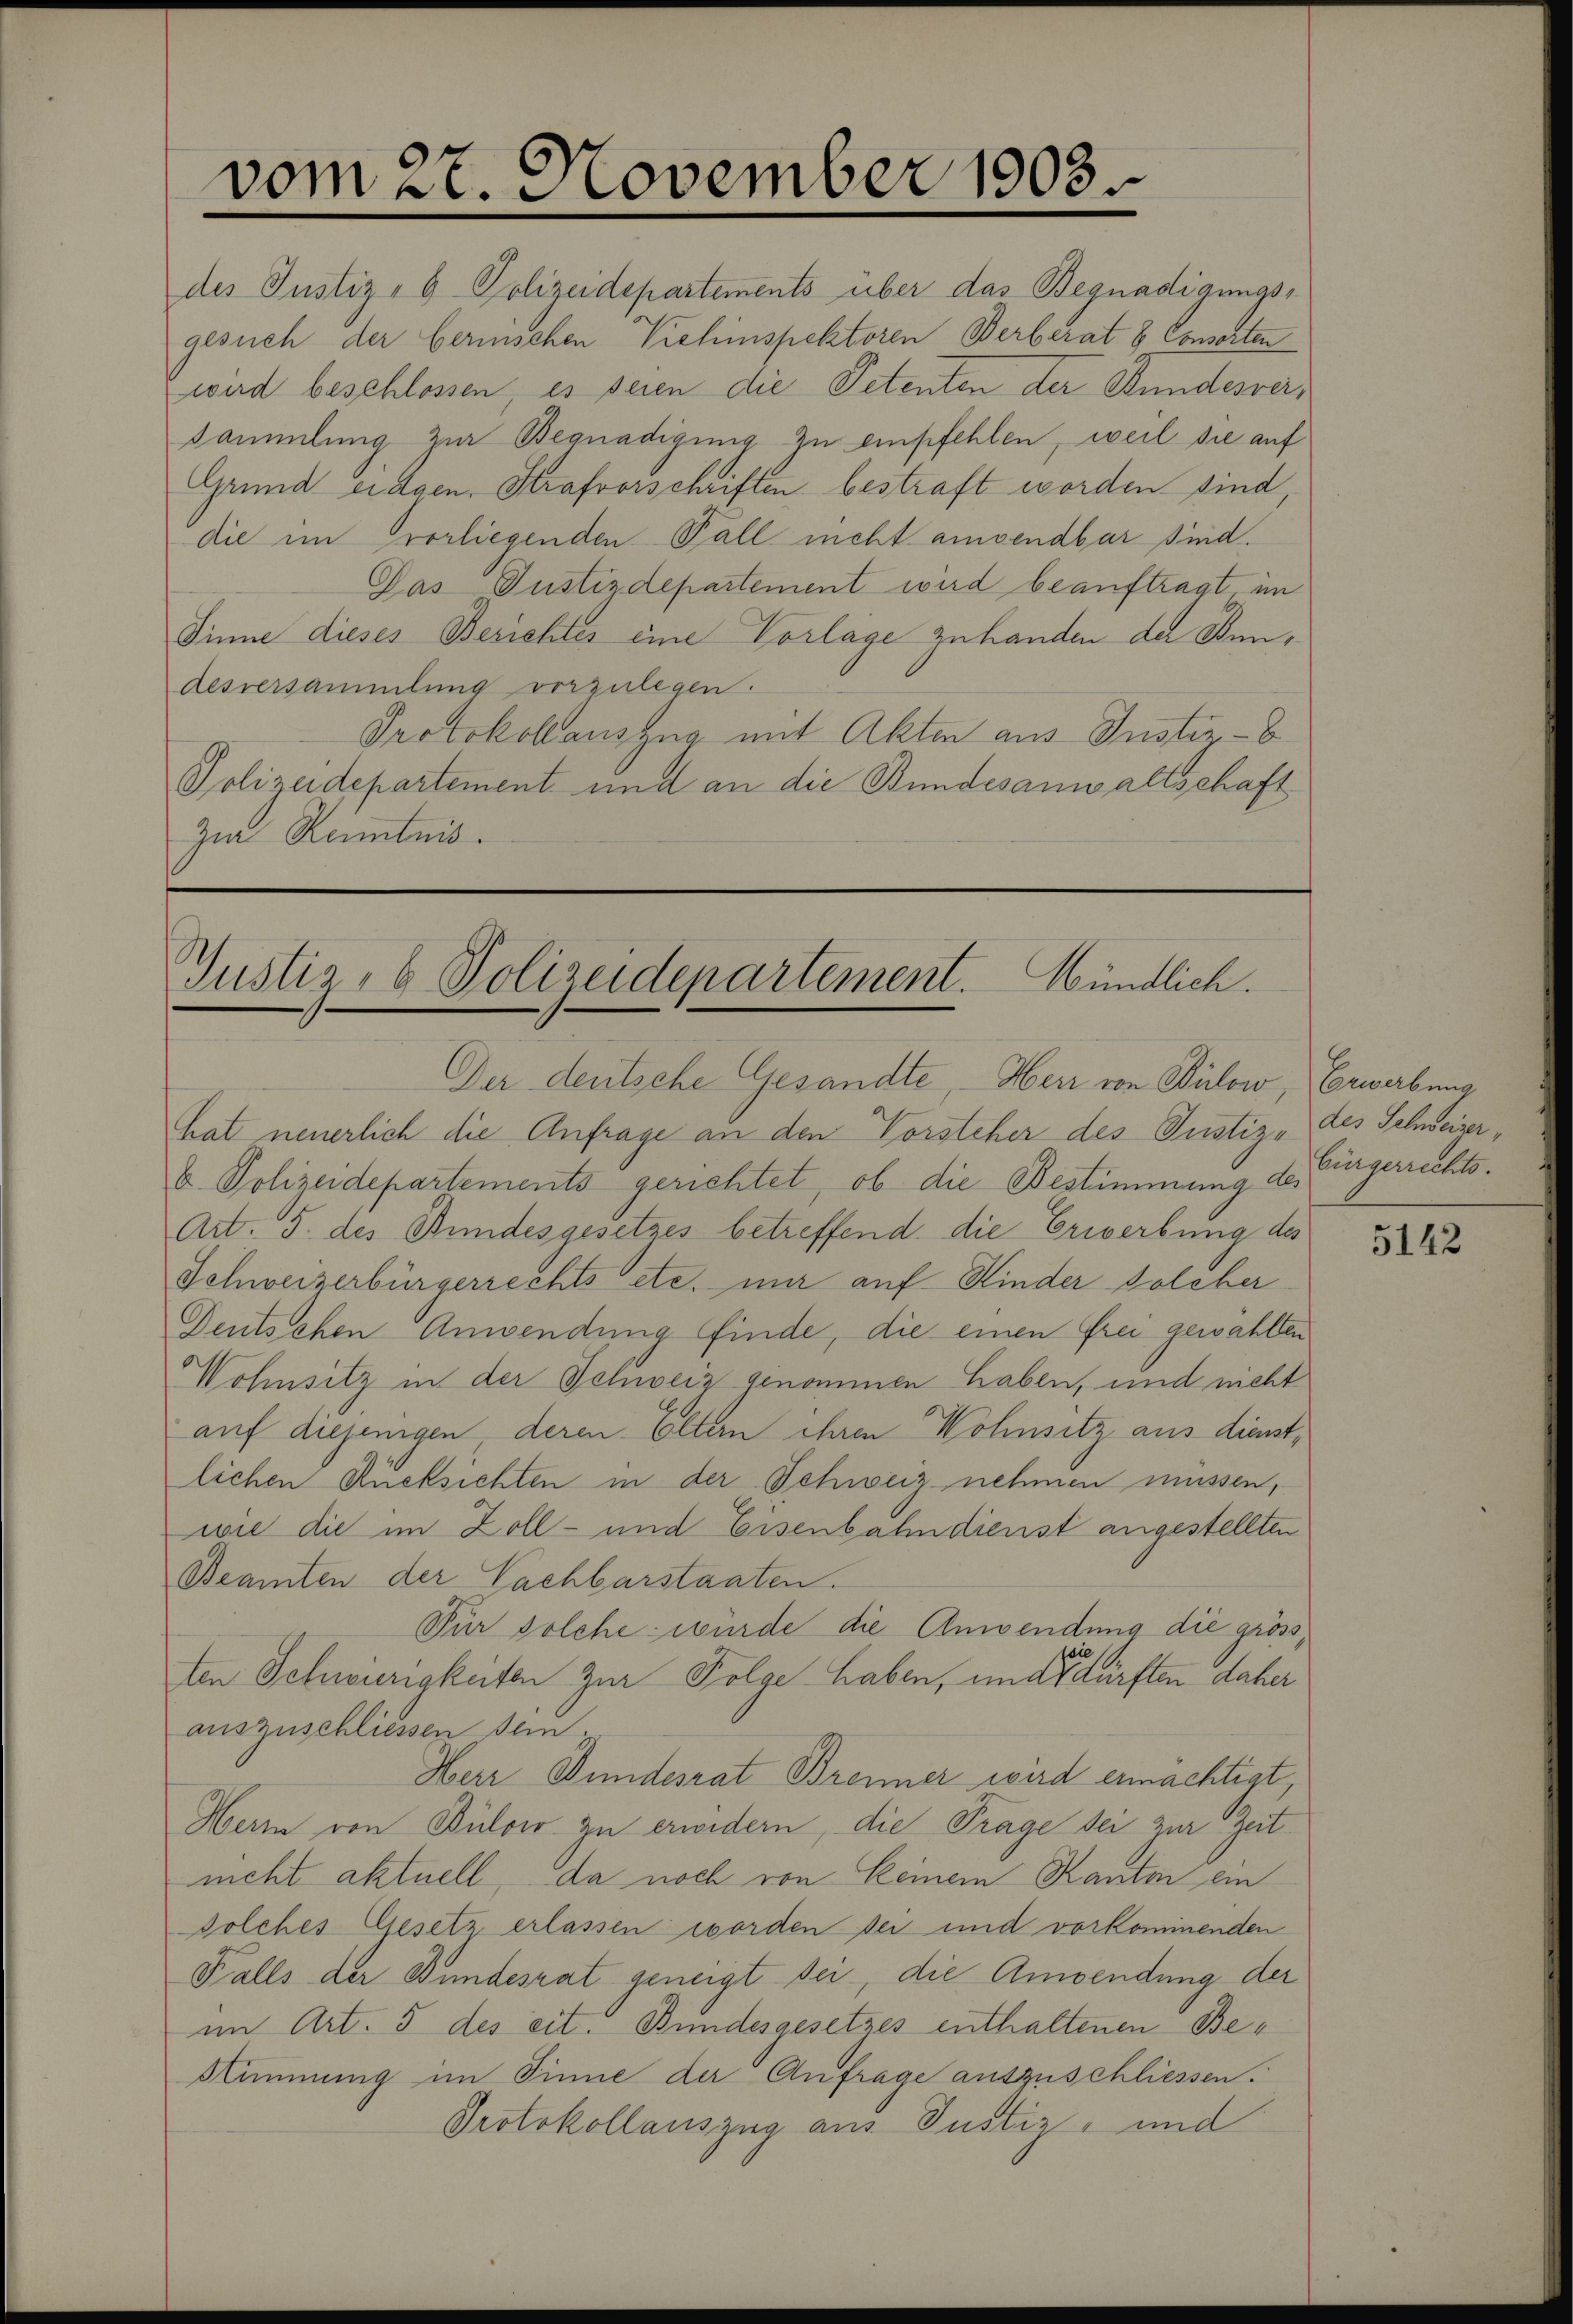
vom 27. November 1903.

des Justiz- & Polizeidepartements über das Begnadigungsgesuch der bernischen Viehinspektoren Berberat 8 Consorten
wird beschlossen, es seien die Petenten der Bundesversammlung zur Begnadigung zu empfehlen, weil sie auf
Grund eidgen. Strafvorschriften bestraft worden sind
die im vorliegenden Fall nicht ansendbar sind.
Das Justizdepartement wird beauftragt, im
Sinne dieses Berichtes eine Vorlage zu handen der Bun¬
Alsversammlung vorzulegen.
Protokollausung mit Akten aus Justiz-
Polizeidepartement und an die Bundesanwaltschaft
Zia Kenntnis.

Justiz- & Polizeidepartement. Mündlich.

Der deutsche Gesandte, - Herr von Bülow, Erwerbung
hat neuerlich die Anfrage an den Vorsteher des Justiz- des Schweizerb. Polizeidepartements gerichtet, ob die Bestimmung de
Art. 5. des Bundesgesetzes betreffend die Erwerbung des
Schweizerbürgerrechts etc. mir auf Kinder solcher
Deutschen Anwendung finde, die einen Frei gewählen
Wohnsitz in der Schweiz genommen haben, und nicht
auf diejenigen deren Eltern ihren Wohnsitz aus dienstlichen Rücksichten in der Schweiz nehmen müssen,
wie die im Zoll- und Eisenbahndienst angestellten
Beamten der Nachbarstaaten.
Für solche wurde die Anwendung die grössten Schwierigkeiten zur Folge haben, und der dürften daher
auszuschliessen sein
Herr Bundesrat Brenner wird ermächtigt,
Hern von Bülow zu erwidern, die Trage sei zur Zeit
nicht aktuell, da noch von keinem Kanton ein
olches Gesetz erlassen worden sei und vorkommenden
Falls der Bundesrat geneigt sei, die Anwendung der
im Art. 5 des eit. Bundesgesetzes enthaltenen Be¬
Stimmung im Sinne der Anfrage auszuschliessen.
Protokollauszug aus Justiz- und

Bürgerrechts.

5142